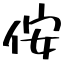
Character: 侒